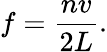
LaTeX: f={\frac{nv}{2L}}.